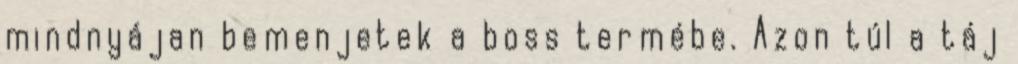
mindnyájan bemenjetek a boss termébe. Azon túl a táj